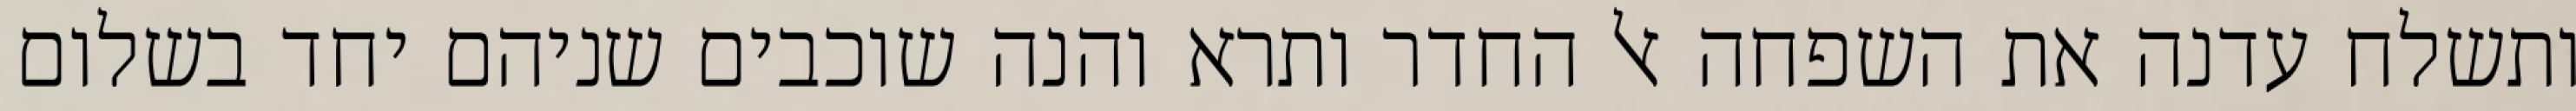
ותשלח עדנה את השפחה אל החדר ותרא והנה שוכבים שניהם יחד בשלום